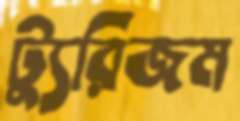
ট্যুরিজম